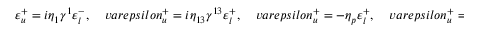
\varepsilon _ { u } ^ { + } = i \eta _ { 1 } \gamma ^ { 1 } \varepsilon _ { l } ^ { - } , \ \ \ \ \, v a r e p s i l o n _ { u } ^ { + } = i \eta _ { 1 3 } \gamma ^ { 1 3 } \varepsilon _ { l } ^ { + } , \ \ \ \ \, v a r e p s i l o n _ { u } ^ { + } = - \eta _ { p } \varepsilon _ { l } ^ { + } , \ \ \ \ \, v a r e p s i l o n _ { u } ^ { + } = \eta _ { 3 } \gamma ^ { 3 } \varepsilon _ { l } ^ { - } ,